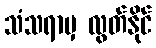
သံသရာမှ လွတ်နိုင်